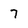
Character: 7